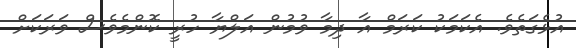
އުޅެގަތެވެ. އެކަމަކު ކަރަމް އާ ދިމާ ވުމުން އަލްޔާ ހުރީ ކޮންމެވެސް ވަރަކަށް